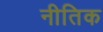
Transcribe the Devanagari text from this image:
नीतिक